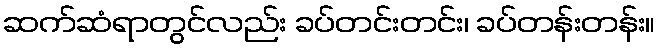
ဆက်ဆံရာတွင်လည်း ခပ်တင်းတင်း၊ ခပ်တန်းတန်း။